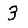
Digit: 3